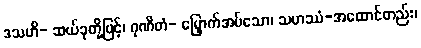
ဒသဟိ- ဆယ်ခုတို့ဖြင့်၊ ဂုဏိတံ- မြှောက်အပ်သော၊ သဟဿံ-အထောင်တည်း၊